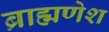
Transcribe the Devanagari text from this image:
ब्राह्मणेश